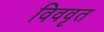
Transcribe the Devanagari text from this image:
विववृत